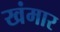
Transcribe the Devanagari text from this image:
खंमार